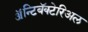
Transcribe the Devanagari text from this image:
ॲन्टिबॅक्‍टेरिअल